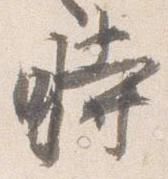
時